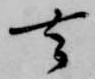
去